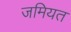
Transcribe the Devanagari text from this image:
जमियत